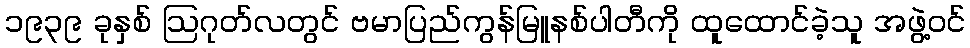
၁၉၃၉ ခုနှစ် ဩဂုတ်လတွင် ဗမာပြည်ကွန်မြူနစ်ပါတီကို ထူထောင်ခဲ့သူ အဖွဲ့ဝင်